65_HS1-834228961_62-HQ-83894_Section_8
Agency: FBI
Page 146
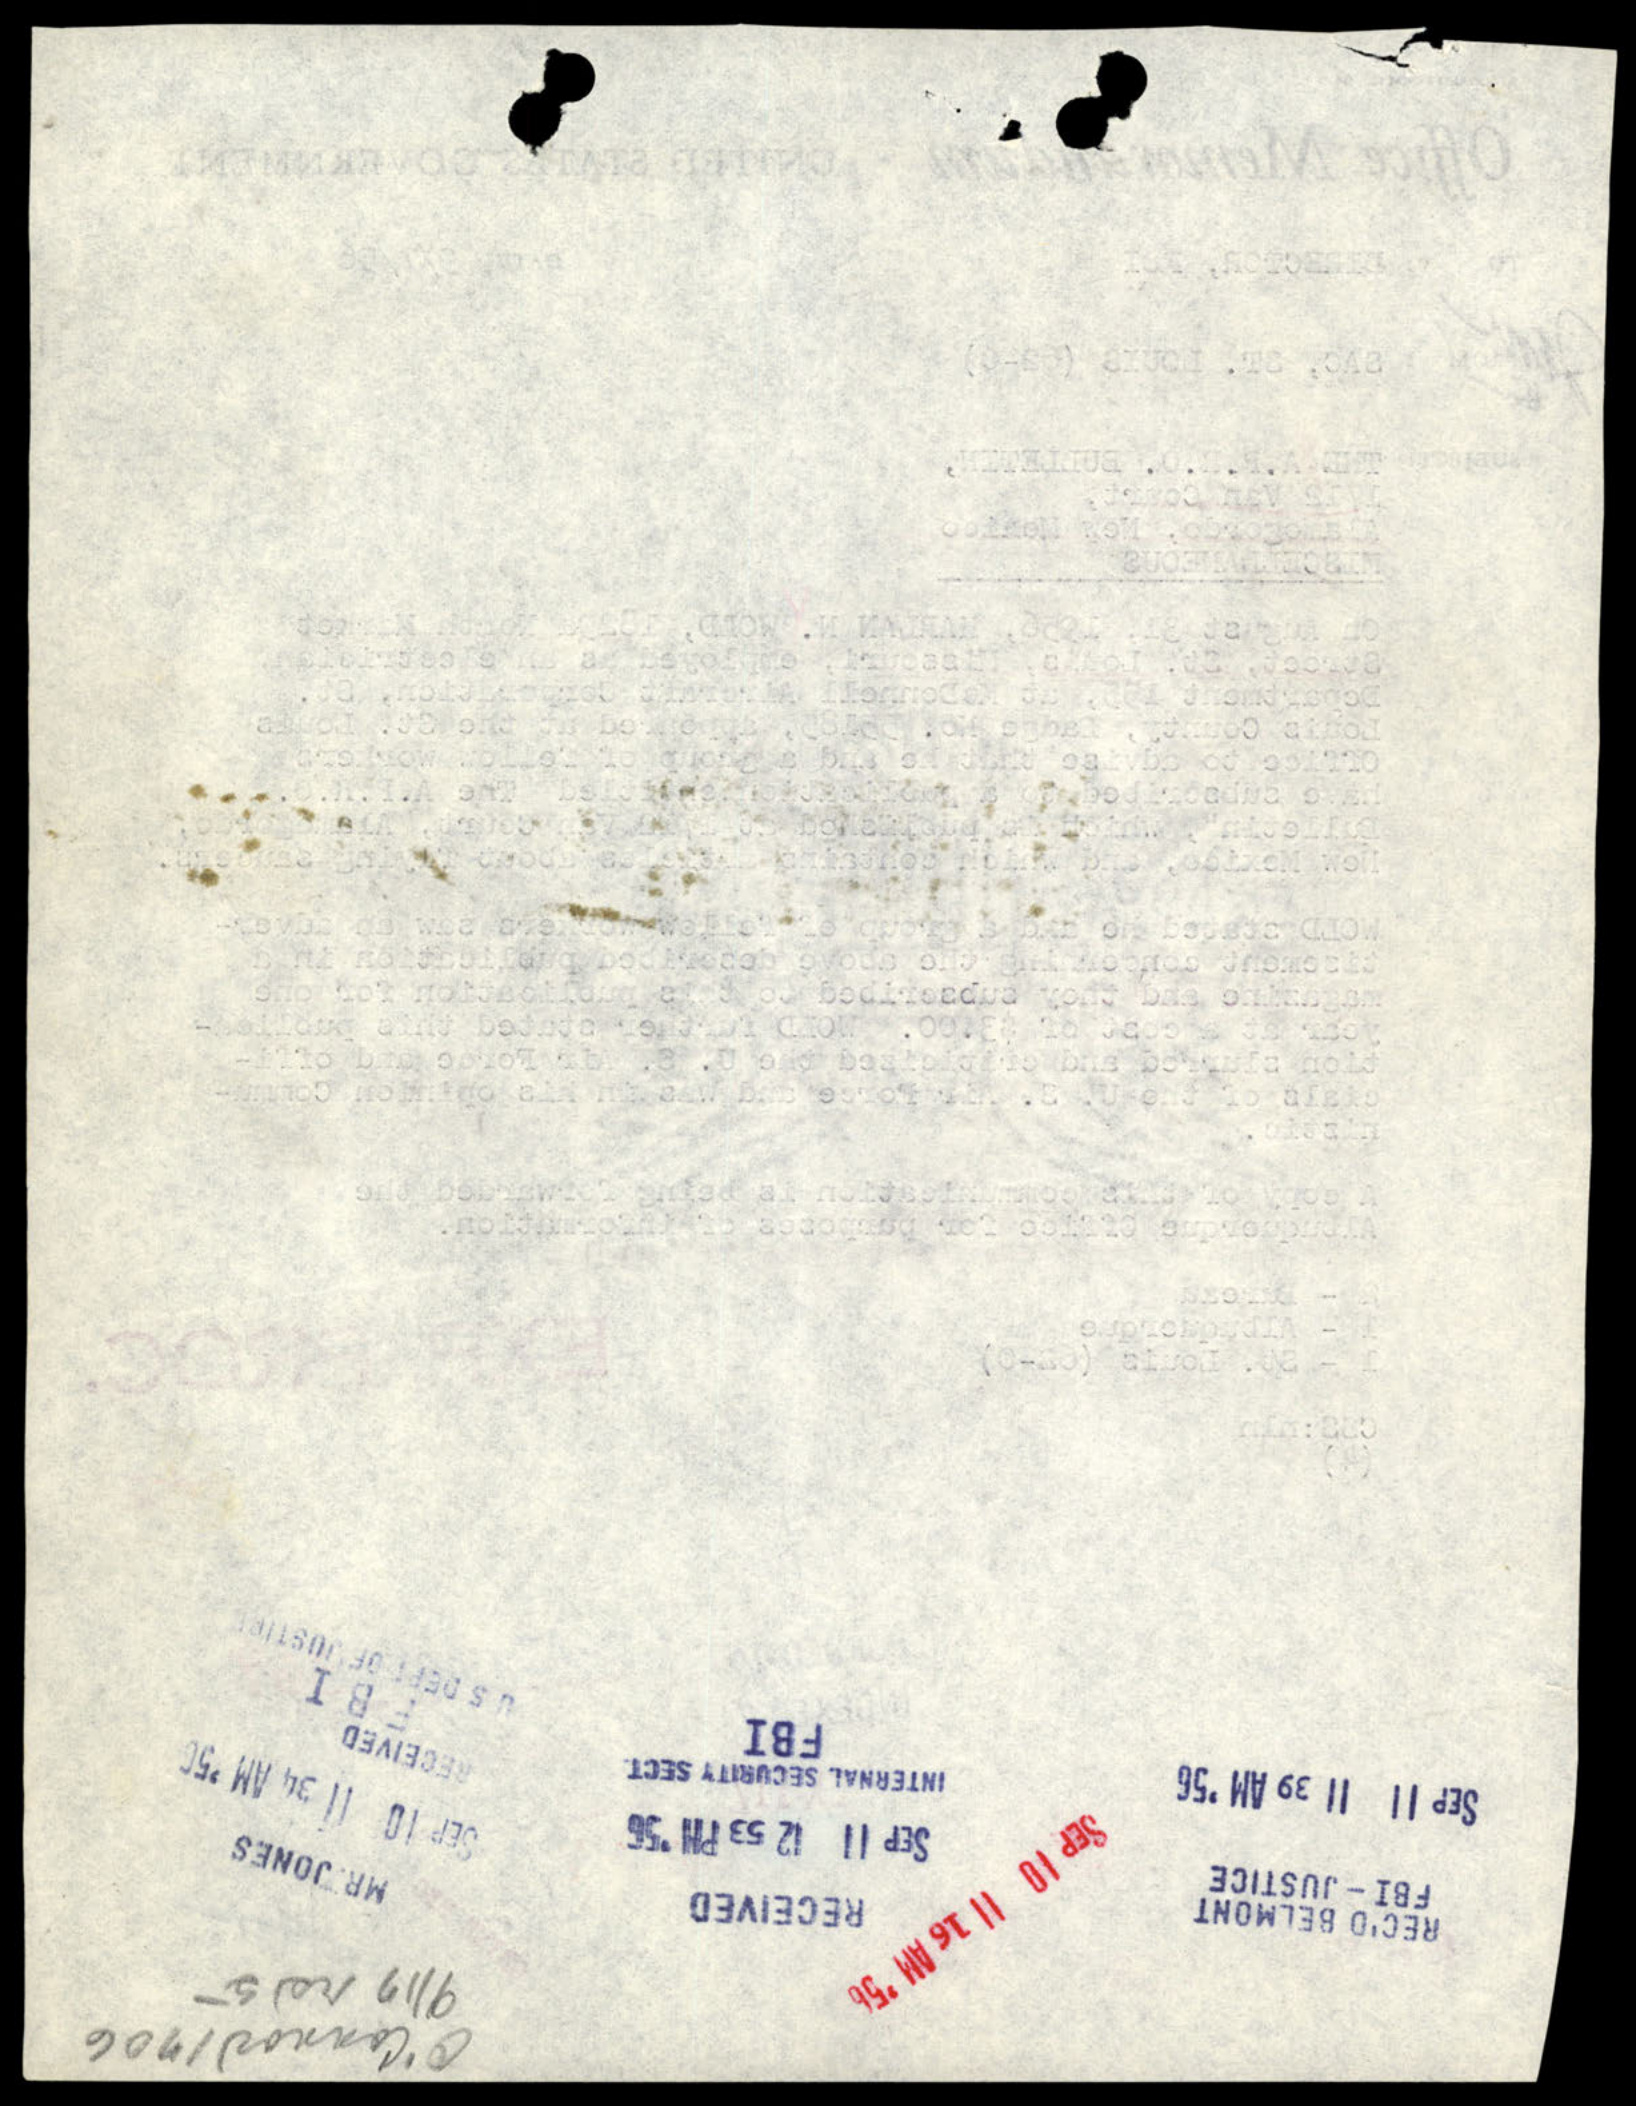